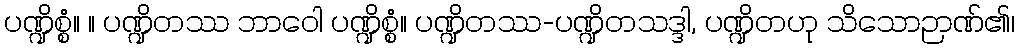
ပဏ္ဍိစ္စံ။ ။ ပဏ္ဍိတဿ ဘာဝေါ ပဏ္ဍိစ္စံ။ ပဏ္ဍိတဿ-ပဏ္ဍိတသဒ္ဒါ, ပဏ္ဍိတဟု သိသောဉာဏ်၏၊